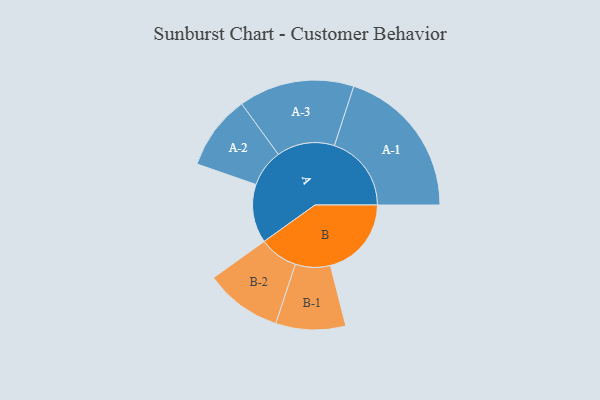
{"axis": {"x": "Segment", "y": "Value"}, "legend": ["", "A", "B"], "data": [{"x": "A", "y": 220, "type": ""}, {"x": "B", "y": 304, "type": ""}, {"x": "A-1", "y": 289, "type": "A"}, {"x": "A-2", "y": 140, "type": "A"}, {"x": "A-3", "y": 217, "type": "A"}, {"x": "B-1", "y": 131, "type": "B"}, {"x": "B-2", "y": 145, "type": "B"}]}